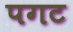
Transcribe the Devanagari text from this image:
पगट